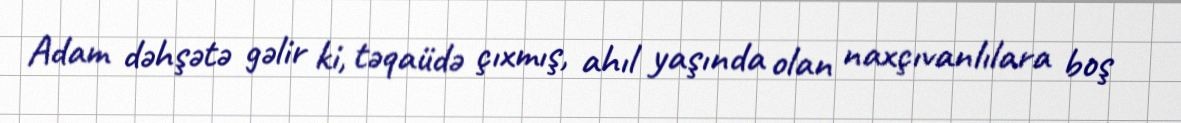
Adam dəhşətə gəlir ki, təqaüdə çıxmış, ahıl yaşında olan naxçıvanlılara boş